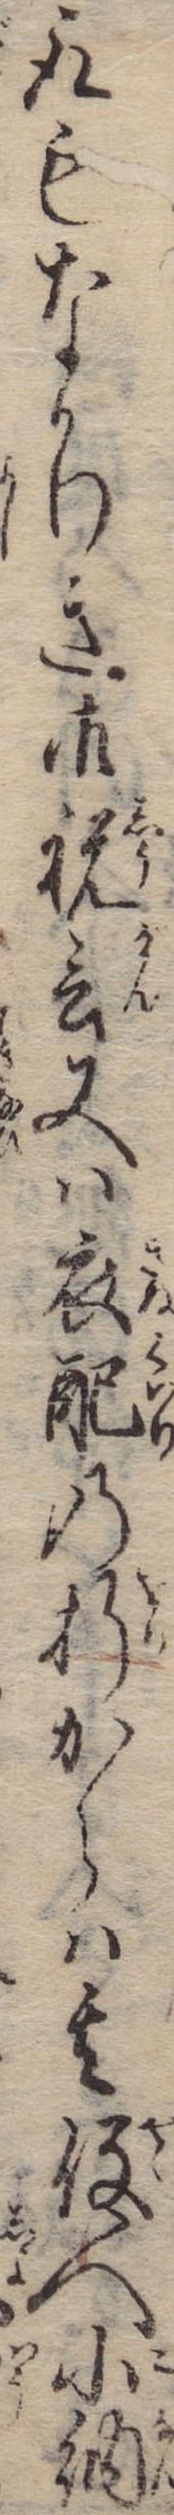
取もなかりき御祝言又は衣配の折からは其役人小納